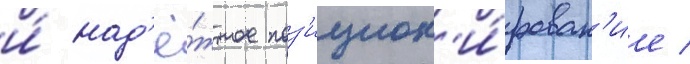
и́ над'ё́жное поз'ицион'и́рован'ие /